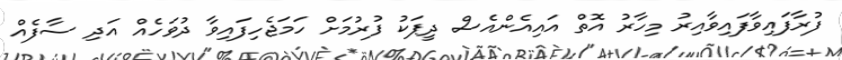
ފުރާފައިވާފައިވާއިރު މިހާރު އޮތް އައިއެންއެސް ދީޕަކު ފުރުމަށް ހަމަޖެހިފައިވާ ދުުވަހެއް އަދި ސާފެއް